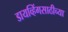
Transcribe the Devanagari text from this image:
डायव्हिंगसाठीच्या